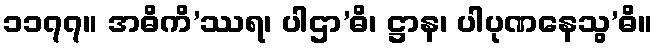
၁၁၇၇။ အဓိကိ’ဿရ၊ ပါဌာ’ဓိ၊ ဋ္ဌာန၊ ပါပုဏနေသွ’ဓိ။